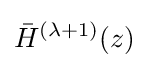
{\bar {H}}^{(\lambda +1)}(z)